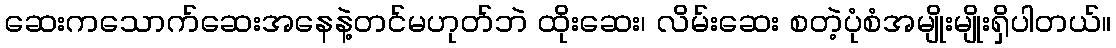
ဆေးကသောက်ဆေးအနေနဲ့တင်မဟုတ်ဘဲ ထိုးဆေး၊ လိမ်းဆေး စတဲ့ပုံစံအမျိုးမျိုးရှိပါတယ်။